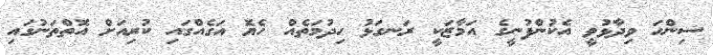
ސިންހަ ވިދާޅުވީ އެކުންފުނީގެ އަމާޒަކީ ރަނގަޅު ހިދުމަތެއް ހެޔޮ އަގެއްގައި ކުރިއަށް އޮތްތަނުގައި